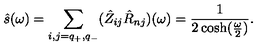
\hat { s } ( \omega ) = \sum _ { i , j = q _ { + } , q _ { - } } ( \hat { Z } _ { i j } \hat { R } _ { n j } ) ( \omega ) = { \frac { 1 } { 2 \cosh ( { \frac { \omega } { 2 } } ) } } .